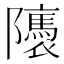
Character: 𨽖